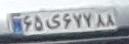
۶۵ی۶۷۷۸۸